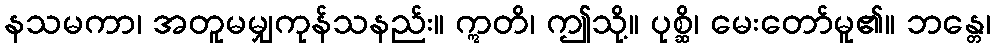
နသမကာ၊ အတူမမျှကုန်သနည်း။ ဣတိ၊ ဤသို့။ ပုစ္ဆိ၊ မေးတော်မူ၏။ ဘန္တေ၊